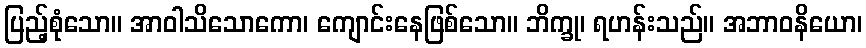
ပြည့်စုံသော။ အာဝါသိသောကော၊ ကျောင်းနေဖြစ်သော။ ဘိက္ခု၊ ရဟန်းသည်။ အဘာဝနိယော၊